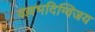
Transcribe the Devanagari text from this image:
वल्लभदिग्विजय